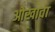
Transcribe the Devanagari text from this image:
ओखावा